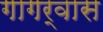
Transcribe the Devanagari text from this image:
गागर्वास